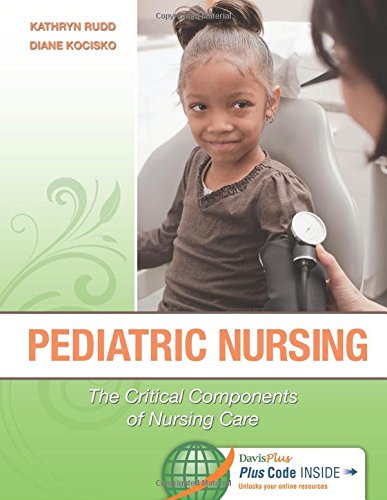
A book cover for Pediatric Nursing: The Critical Components of Nursing Care; Kathryn Rudd; Medical Books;